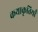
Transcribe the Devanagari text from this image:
कथाकृतियाँ